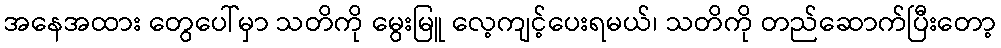
အနေအထား တွေပေါ်မှာ သတိကို မွေးမြူ လေ့ကျင့်ပေးရမယ်၊ သတိကို တည်ဆောက်ပြီးတော့